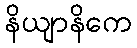
နိယျာနိကေ